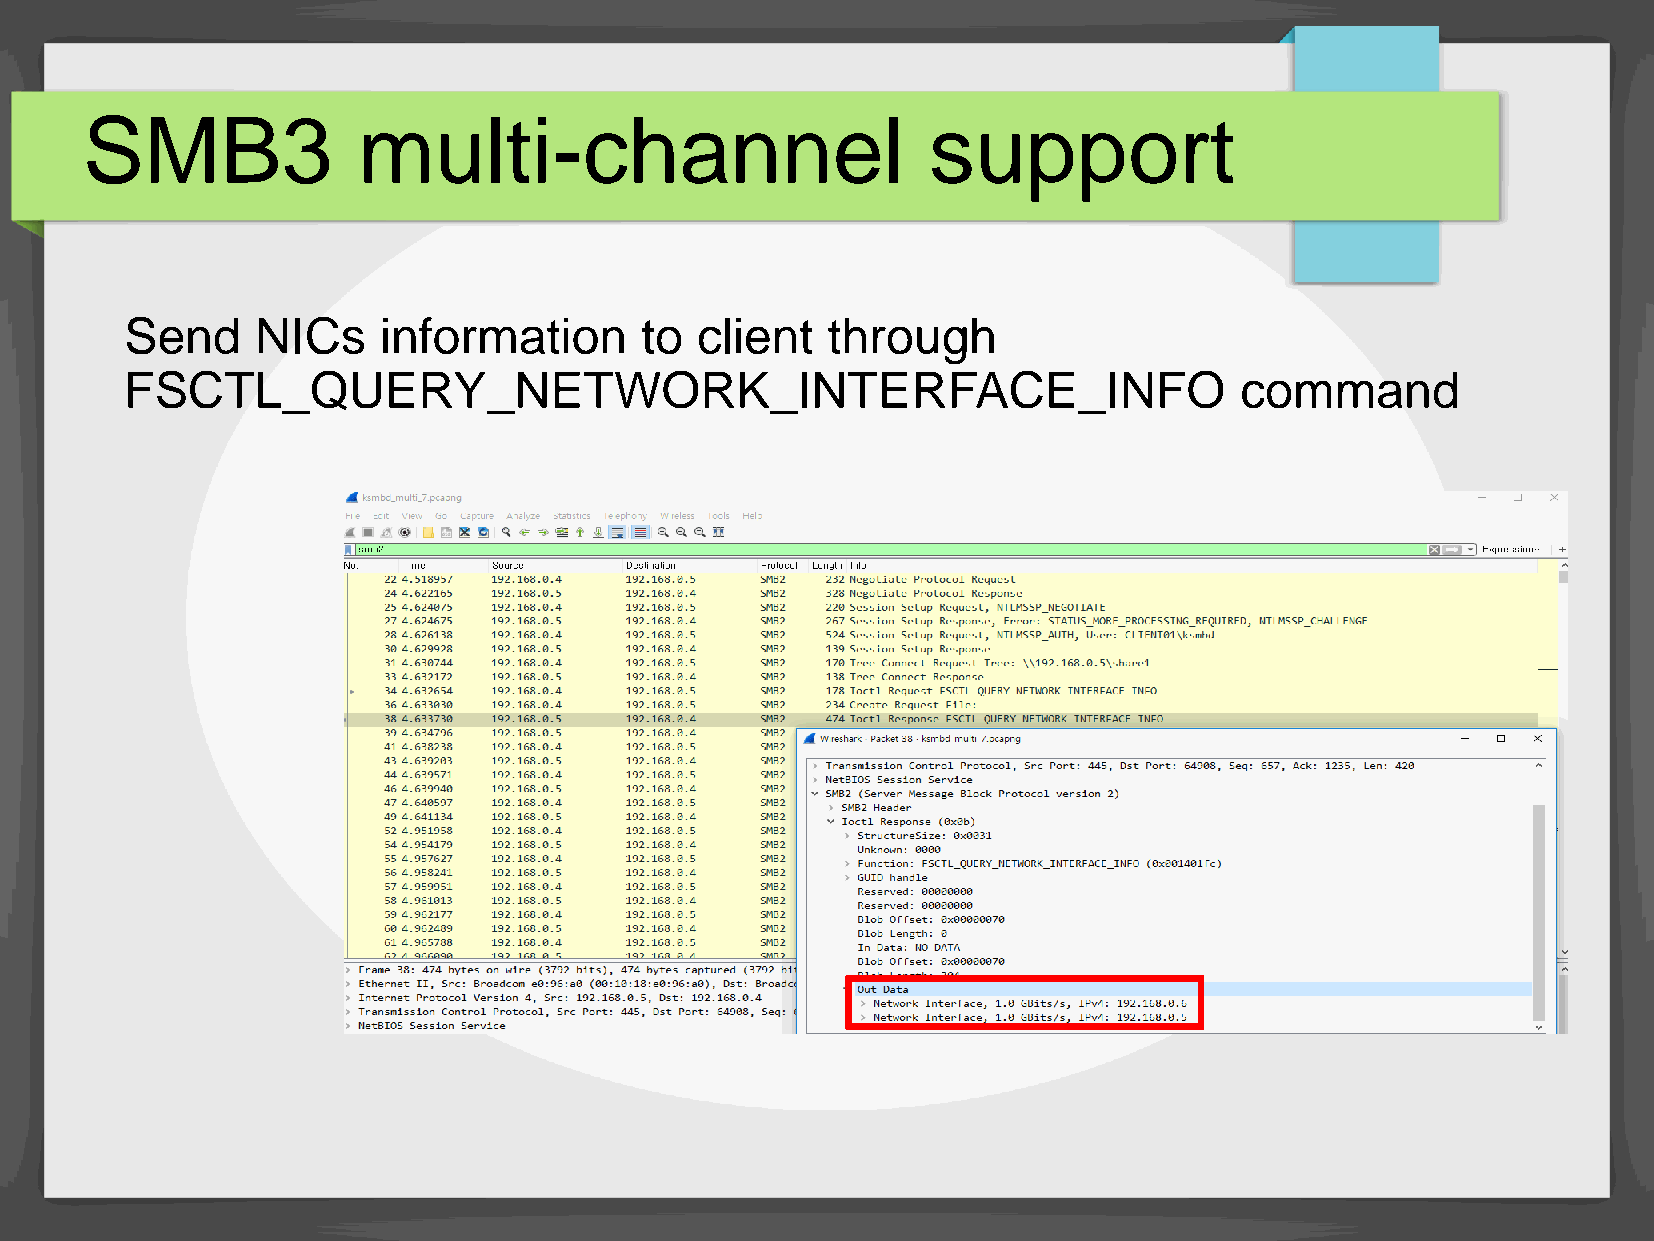
SMB3               multi-channel                         support
 Send     NICs    information      to  client   through
 FSCTL_QUERY_NETWORK_INTERFACE_INFO                                        command